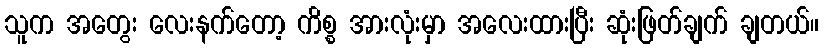
သူက အတွေး လေးနက်တော့ ကိစ္စ အားလုံးမှာ အလေးထားပြီး ဆုံးဖြတ်ချက် ချတယ်။